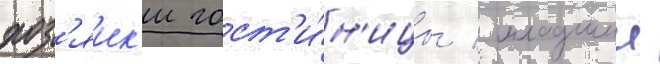
хоз'яик'и гост'и́н'ицы / младшии